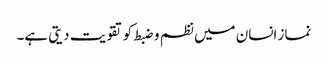
نماز انسان میں نظم و ضبط کو تقویت دیتی ہے۔